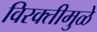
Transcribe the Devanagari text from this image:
विरक्तीमुळे